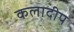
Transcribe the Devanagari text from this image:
कलादीप